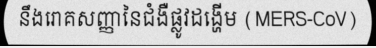
នឹងរោគសញ្ញានៃជំងឺផ្លូវដង្ហើម (MERS-CoV)